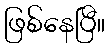
ဖြစ်နေပြီ။